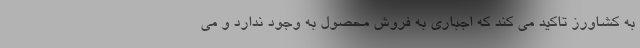
به کشاورز تاکید می کند که اجباری به فروش محصول به وجود ندارد و می